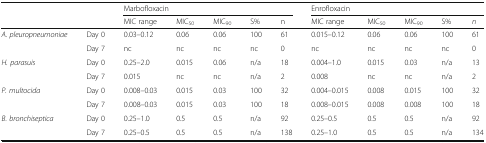
<table><thead><tr><td rowspan="2"></td><td rowspan="2"></td><td colspan="5"><b>Marbofloxacin</b></td><td colspan="5"><b>Enrofloxacin</b></td></tr><tr><td><b>MIC range</b></td><td><b>MIC<sub>50</sub></b></td><td><b>MIC<sub>90</sub></b></td><td><b>S%</b></td><td><b>n</b></td><td><b>MIC range</b></td><td><b>MIC<sub>50</sub></b></td><td><b>MIC<sub>90</sub></b></td><td><b>S%</b></td><td><b><i>n</i></b></td></tr></thead><tbody><tr><td rowspan="2"><i>A. pleuropneumoniae</i></td><td>Day 0</td><td>0.03–0.12</td><td>0.06</td><td>0.06</td><td>100</td><td>61</td><td>0.015–0.12</td><td>0.06</td><td>0.06</td><td>100</td><td>61</td></tr><tr><td>Day 7</td><td>nc</td><td>nc</td><td>nc</td><td>nc</td><td>0</td><td>nc</td><td>nc</td><td>nc</td><td>nc</td><td>0</td></tr><tr><td rowspan="2"><i>H. parasuis</i></td><td>Day 0</td><td>0.25–2.0</td><td>0.015</td><td>0.06</td><td>n/a</td><td>18</td><td>0.004–1.0</td><td>0.015</td><td>0.03</td><td>n/a</td><td>13</td></tr><tr><td>Day 7</td><td>0.015</td><td>nc</td><td>nc</td><td>n/a</td><td>2</td><td>0.008</td><td>nc</td><td>nc</td><td>n/a</td><td>2</td></tr><tr><td rowspan="2"><i>P. multocida</i></td><td>Day 0</td><td>0.008–0.03</td><td>0.015</td><td>0.03</td><td>100</td><td>32</td><td>0.004–0.015</td><td>0.008</td><td>0.015</td><td>100</td><td>32</td></tr><tr><td>Day 7</td><td>0.008–0.03</td><td>0.015</td><td>0.03</td><td>100</td><td>18</td><td>0.008–0.015</td><td>0.008</td><td>0.008</td><td>100</td><td>18</td></tr><tr><td rowspan="2"><i>B. bronchiseptica</i></td><td>Day 0</td><td>0.25–1.0</td><td>0.5</td><td>0.5</td><td>n/a</td><td>92</td><td>0.25–0.5</td><td>0.5</td><td>0.5</td><td>n/a</td><td>92</td></tr><tr><td>Day 7</td><td>0.25–0.5</td><td>0.5</td><td>0.5</td><td>n/a</td><td>138</td><td>0.25–1.0</td><td>0.5</td><td>0.5</td><td>n/a</td><td>134</td></tr></tbody></table>